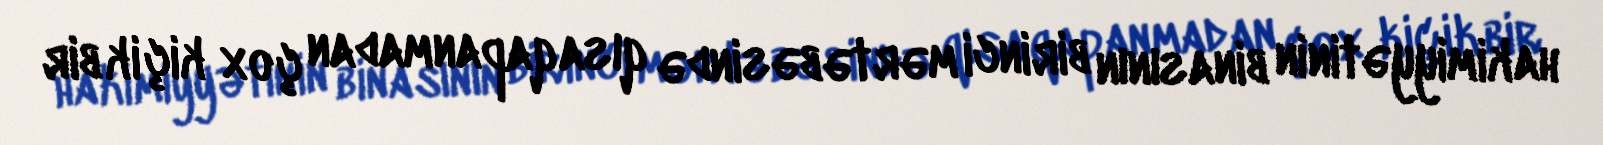
hakimiyyətinin binasının birinci mərtəbəsində qısaqapanmadan çox kiçik bir